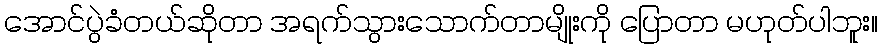
အောင်ပွဲခံတယ်ဆိုတာ အရက်သွားသောက်တာမျိုးကို ပြောတာ မဟုတ်ပါဘူး။